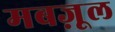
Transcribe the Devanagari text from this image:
मबज़ूल